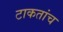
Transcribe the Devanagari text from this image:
टाकतांच